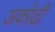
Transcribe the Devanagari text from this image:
अकोढी